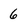
Character: 6